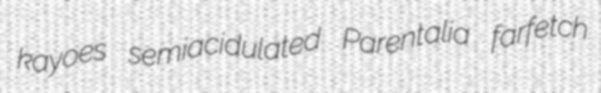
kayoes semiacidulated Parentalia farfetch